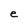
Character: e